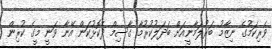
ވެރިކަމުގެ ނިޒާމު ބަރުލަމާނީއަށް ބަދަލުކުރުމާ ގާސިމް ދެކޮޅުކަން އޭނާ ވަނީ މީގެ ކުރިން